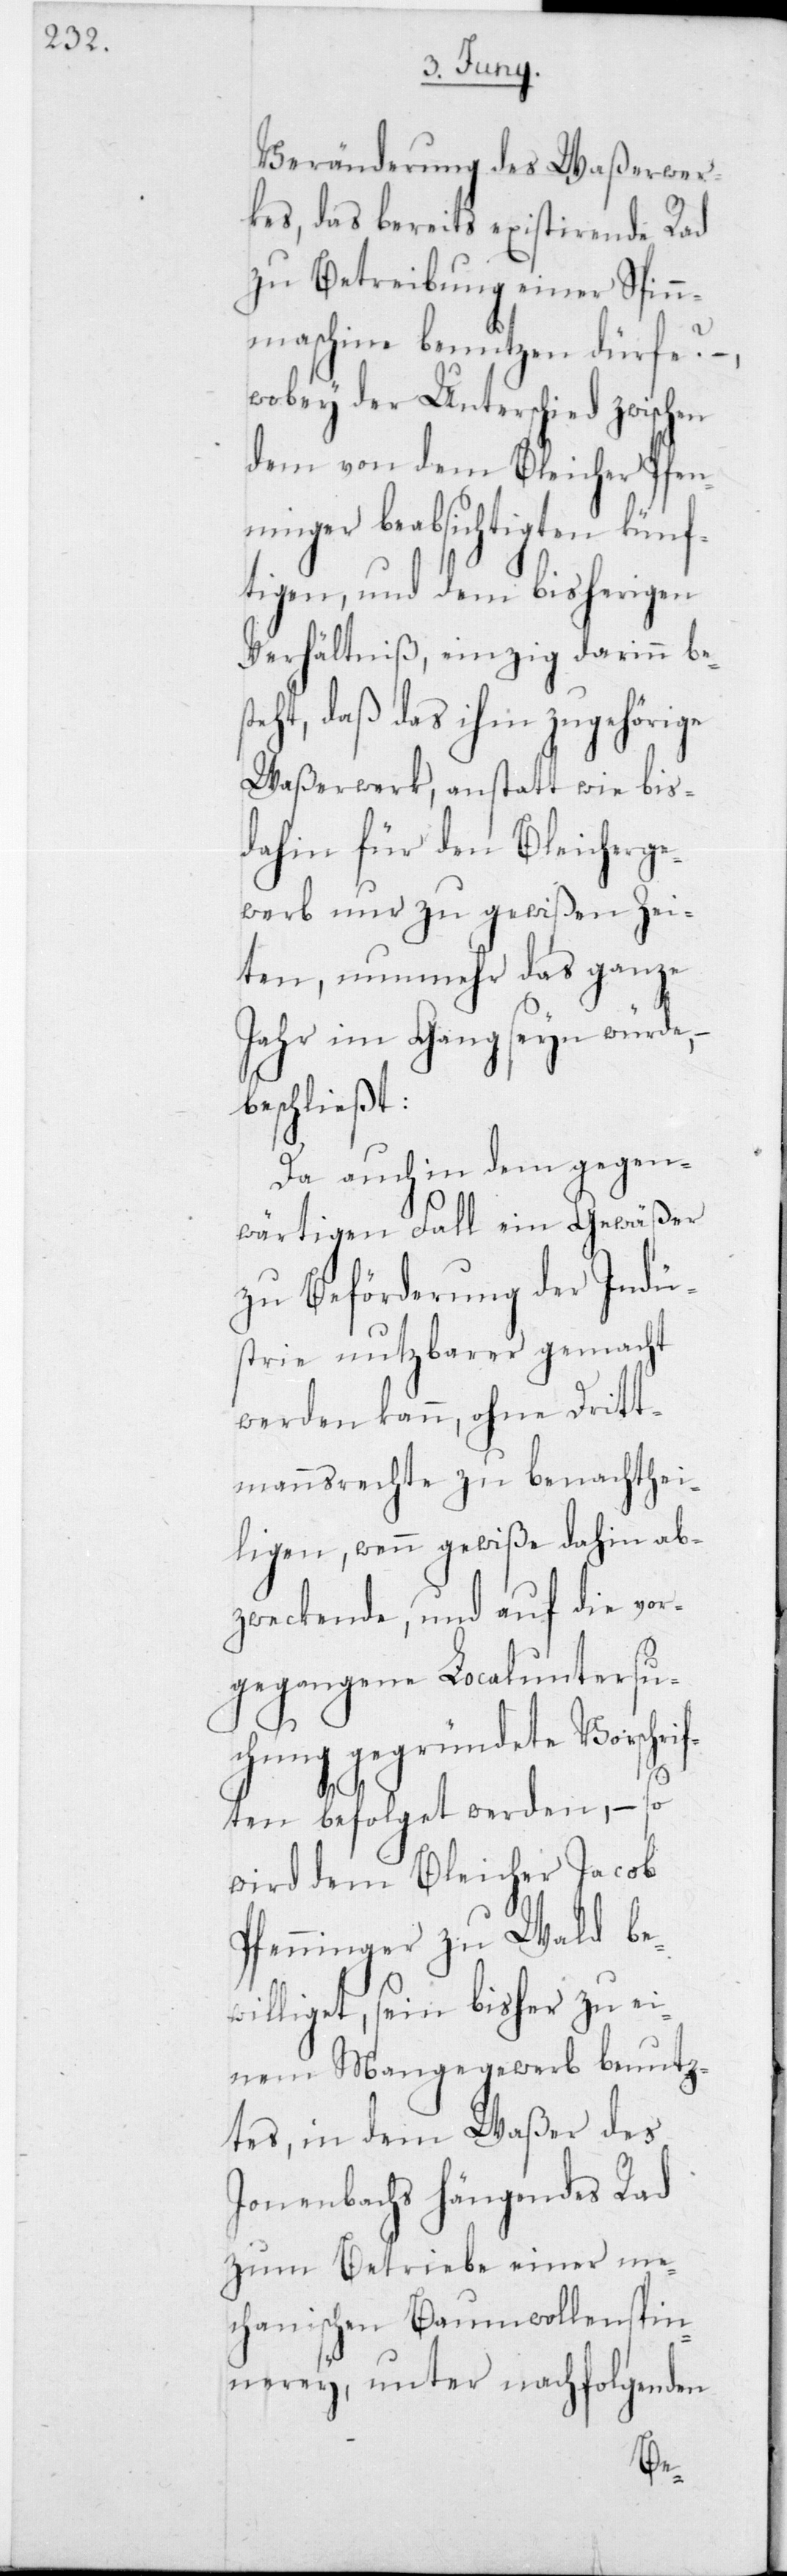
Veränderung des Waßerwer¬
kes, das bereits existierende Rad
zu Betreibung einer Spin¬
nmaschine benutzen dürfe?
wobey der Unterschied zwischen
dem von dem Bleicher Pfen¬
ninger beabsichtigten künf¬
tigen, und dem bisherigen
Verhältniß, einzig darinn bes¬
teht, daß das ihm zugehörige
Waßerwerk, anstatt wie bis¬
her für den Bleicherge¬
werb nur zu gewißen Zei¬
ten, nunmehr das ganze
Jahr im Gang seyn würde,
beschließt:
Da auch in dem gegen¬
wärtigen Fall ein Gewäßer
zu Beförderung der Indü¬
strie nutzbarer gemacht
werden kann, ohne Dritt¬
mannsrechte zu benachthei¬
ligen, wenn gewiße dahin ab¬
zweckende, und auf die vor¬
gegangene Localuntersu¬
chung gegründete Vorschri¬
ften befolget werden, – so
wird dem Bleicher Jacob
Pfenninger zu Wald be¬
williget, sein bisher zu ei¬
nem Mangegewerb benutz¬
tes, in dem Waßer des
Jonenbachs hängendes Rad
zum Betriebe einer me¬
chanischen Baumwollenspin¬
nerey, unter nachfolgenden